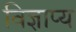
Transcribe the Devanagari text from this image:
विज्ञाप्य